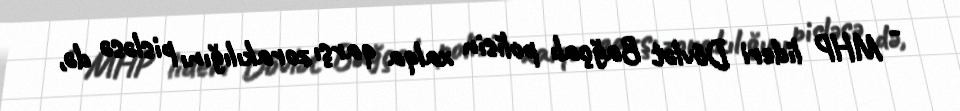
- MHP lideri Dövlət Bağçalı polisin xalqa qarşı zorakılığını pisləsə də,